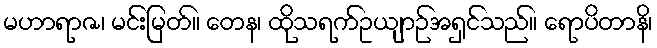
မဟာရာဇ၊ မင်းမြတ်။ တေန၊ ထိုသရက်ဥယျာဉ်အရှင်သည်။ ရောပိတာနိ၊